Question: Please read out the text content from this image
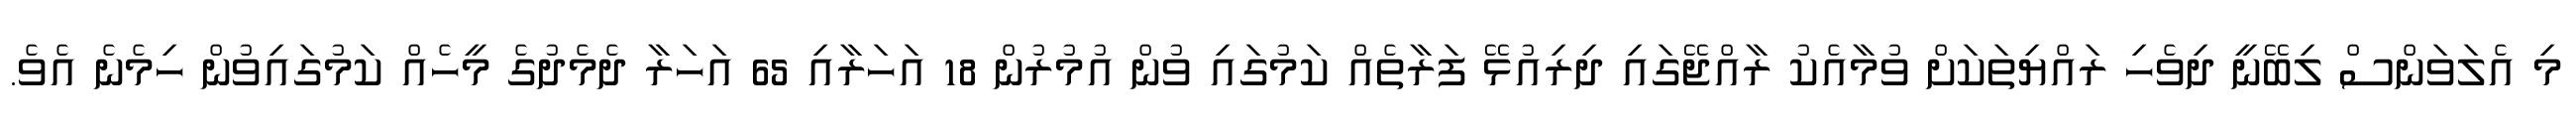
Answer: މި އެލަވަންސް ލިބޭނީ ދިވެހި ރައްޔިތަކަށް ވުމާއެކު ރާއްޖޭގައި ދިރިއުޅޭ ފަރާތެއް ކަމުގައި ވުން އުމުރުން 18 އަހަރާއި 65 އަހަރާ ދެމެދުގެ މީހެއް ކަމުގައިވުން ހިމެނެ އެވެ.